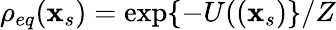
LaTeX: \rho_{eq}(\mathbf{x}_{s})=\exp\{ -U((\mathbf{x}_{s})\} /Z